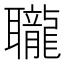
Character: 䏊